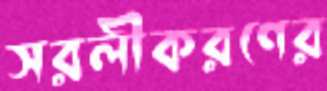
সরলীকরণের